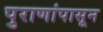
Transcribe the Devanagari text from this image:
पुराणांपासून